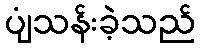
ပျံသန်းခဲ့သည်